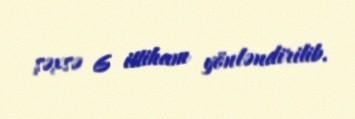
şəxsə 6 ittiham yönləndirilib.